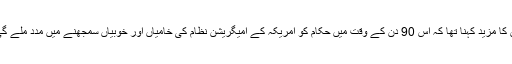
ان کا مزید کہنا تھا کہ اس 90 دن کے وقت میں حکام کو امریکہ کے امیگریشن نظام کی خامیاں اور خوبیاں سمجھنے میں مدد ملے گی۔